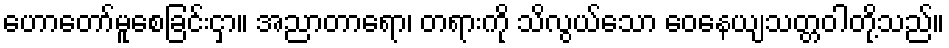
ဟောတော်မူစေခြင်းငှာ။ အညာတာရော၊ တရားကို သိလွယ်သော ဝေနေယျသတ္တဝါတို့သည်။